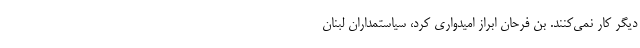
دیگر کار نمی‌کنند. بن فرحان ابراز امیدواری کرد، سیاستمداران لبنان